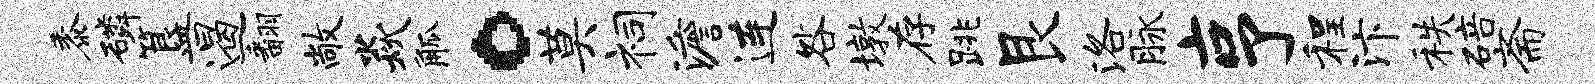
黍磷簋遏翻敞焱觚。莫祠澹连咎墩存跳艮洛脉亨程汴秩碚斋